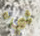
شيء